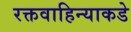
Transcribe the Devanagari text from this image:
रक्तवाहिन्याकडे